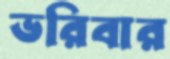
ভরিবার